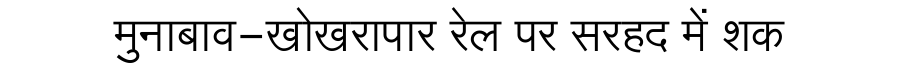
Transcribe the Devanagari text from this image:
मुनाबाव-खोखरापार रेल पर सरहद में शक